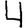
Digit: 4